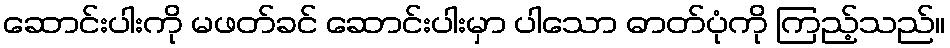
ဆောင်းပါးကို မဖတ်ခင် ဆောင်းပါးမှာ ပါသော ဓာတ်ပုံကို ကြည့်သည်။